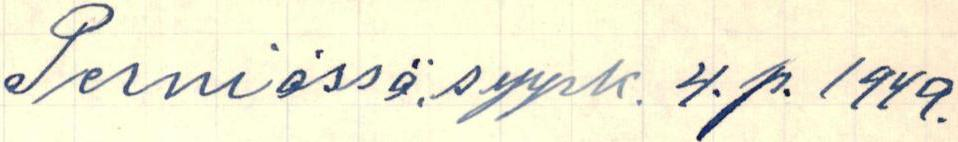
Perniössä, syysk. 4.p. 1949.